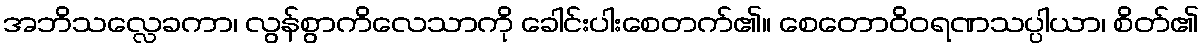
အဘိသလ္လေခကာ၊ လွန်စွာကိလေသာကို ခေါင်းပါးစေတက်၏။ စေတောဝိဝရဏသပ္ပါယာ၊ စိတ်၏